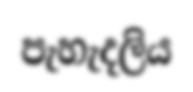
පැහැදලිය